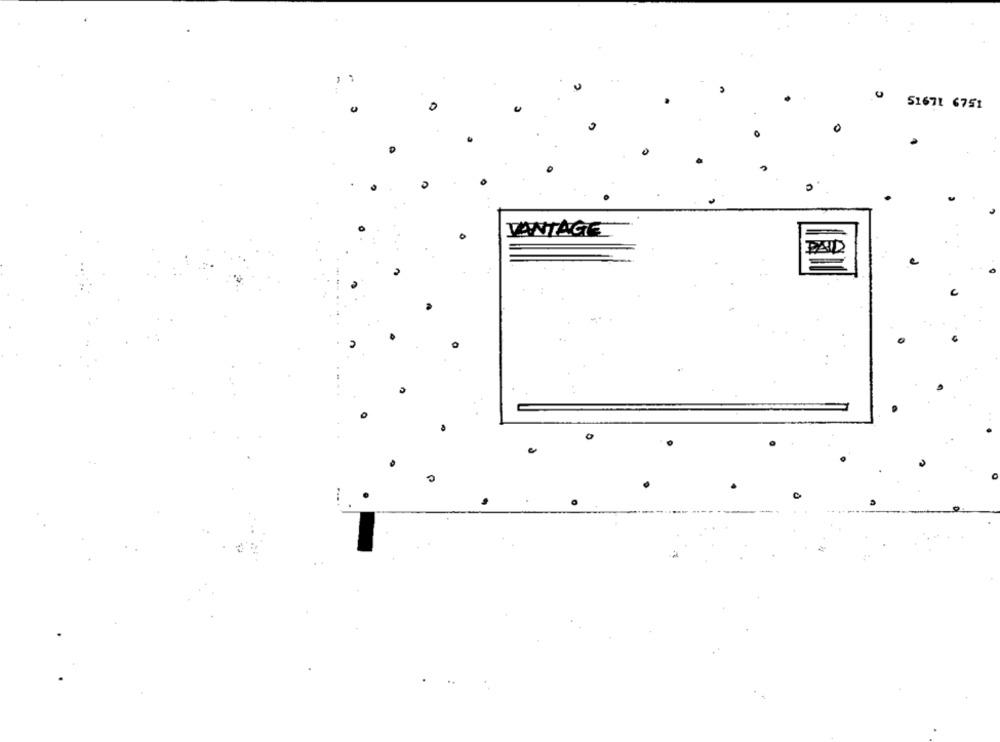
51671 6751
0
VANTAGE